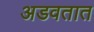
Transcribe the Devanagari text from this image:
अडवतात